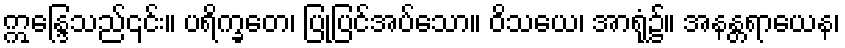
ဣန္ဒြေသည်၎င်း။ ပရိက္ခတေ၊ ပြုပြင်အပ်သော။ ဝိသယေ၊ အာရုံ၌။ အနန္တရာယေန၊